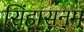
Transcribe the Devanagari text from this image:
सिंहासनम्